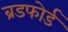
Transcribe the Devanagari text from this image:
ब्रडफोर्ड